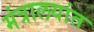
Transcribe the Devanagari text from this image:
मंत्रालयांत